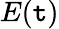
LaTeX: E(\mathtt{t})